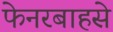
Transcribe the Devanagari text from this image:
फेनरबाहसे